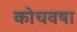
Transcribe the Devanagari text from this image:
कोचवषा